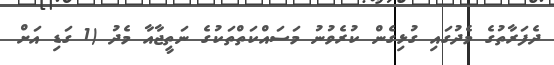
ދެފަރާތުގެ މެދުގައި ގުޅިގެން ކުރެވުނު މަސައްކަތްތަކުގެ ނަތީޖާއާ މެދު (1 ގަޑި އަށް